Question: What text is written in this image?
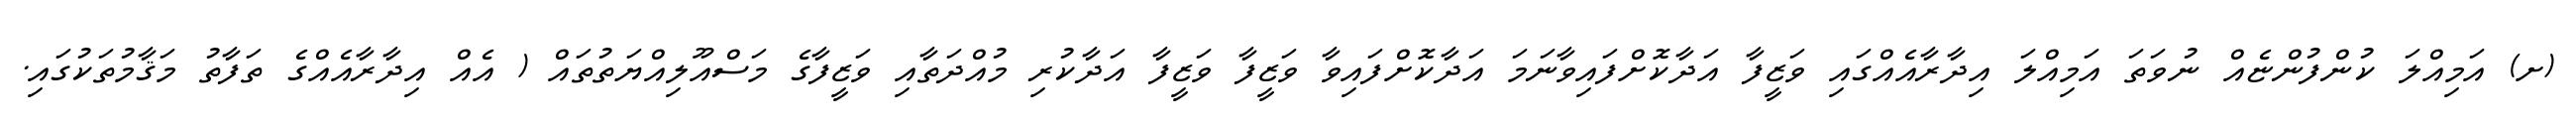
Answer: (ށ) އަމިއްލަ ކުންފުންޏެއް ނުވަތަ އަމިއްލަ އިދާރާއެއްގައި ވަޒީފާ އަދާކޮށްފައިވާނަމަ އަދާކޮށްފައިވާ ވަޒީފާ ވަޒީފާ އަދާކުރި މުއްދަތާއި ވަޒީފާގެ މަސްއޫލިއްޔަތުތައް ( އެއް އިދާރާއެއްގެ ތަފާތު މަޤާމުތަކުގައި.